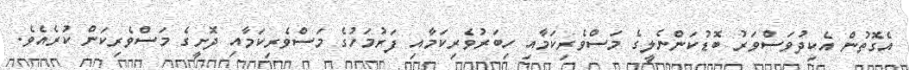
އެގޮތުން އެކިދުވަސްވަރު ބޮޑުކަންނެލީގެ މަސްވެރިކަމާއި ހިބަރުވެރިކަމާއި ފަރުމަހުގެ މަސްވެރިކަމާއި ދޮށީގެ މަސްވެރިކަން ކުރެއެވެ.